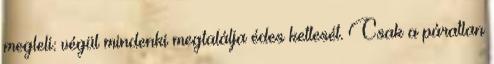
megleli: végül mindenki megtalálja édes kettesét. Csak a páratlan